Insane asylums in Bengal annual reports 1876-1887 - 1876-1887
Year: 1876
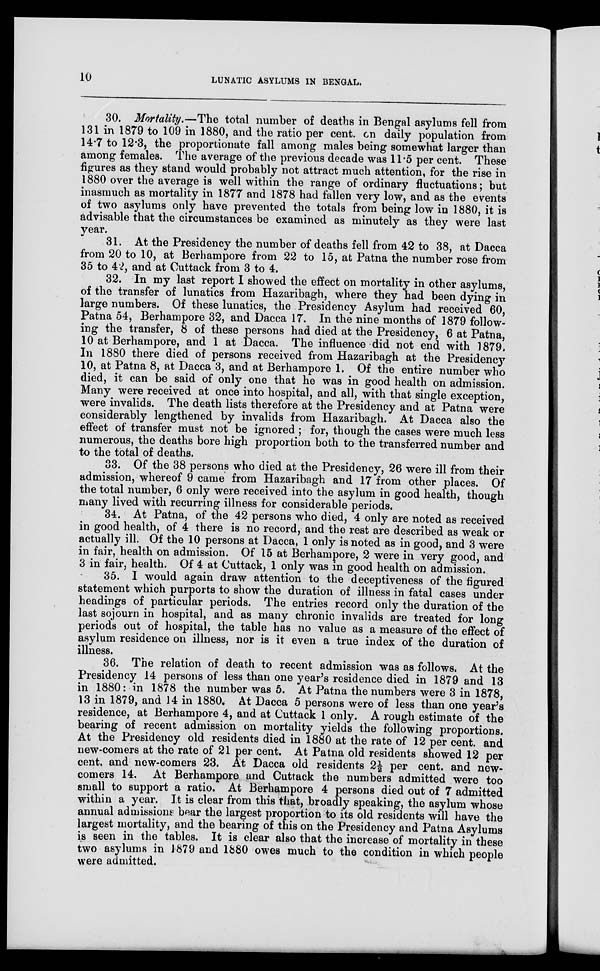
10
LUNATIC ASYLUMS IN BENGAL.
30. Mortality.—The total number of deaths in Bengal asylums fell from
131 in 1879 to 109 in 1880, and the ratio per cent. on daily population from
14.7 to 12.3, the proportionate fall among males being somewhat larger than
among females. The average of the previous decade was 11.5 per cent. These
figures as they stand would probably not attract much attention, for the rise in
1880 over the average is well within the range of ordinary fluctuations; but
inasmuch as mortality in 1877 and 1878 had fallen very low, and as the events
of two asylums only have prevented the totals from being low in 1880, it is
advisable that the circumstances be examined as minutely as they were last
year.
31. At the Presidency the number of deaths fell from 42 to 38, at Dacca
from 20 to 10, at Berhampore from 22 to 15, at Patna the number rose from
35 to 42, and at Cuttack from 3 to 4.
32. In my last report I showed the effect on mortality in other asylums,
of the transfer of lunatics from Hazaribagh, where they had been dying in
large numbers. Of these lunatics, the Presidency Asylum had received 60,
Patna 54, Berhampore 32, and Dacca 17. In the nine months of 1879 follow-
ing the transfer, 8 of these persons had died at the Presidency, 6 at Patna,
10 at Berhampore, and 1 at Dacca. The influence did not end with 1879.
In 1880 there died of persons received from Hazaribagh at the Presidency
10, at Patna 8, at Dacca 3, and at Berhampore 1. Of the entire number who
died, it can be said of only one that he was in good health on admission.
Many were received at once into hospital, and all, with that single exception,
were invalids. The death lists therefore at the Presidency and at Patna were
considerably lengthened by invalids from Hazaribagh. At Dacca also the
effect of transfer must not be ignored ; for, though the cases were much less
numerous, the deaths bore high proportion both to the transferred number and
to the total of deaths.
33. Of the 38 persons who died at the Presidency, 26 were ill from their
admission, whereof 9 came from Hazaribagh and 17 from other places. Of
the total number, 6 only were received into the asylum in good health, though
many lived with recurring illness for considerable periods.
34. At Patna, of the 42 persons who died, 4 only are noted as received
in good health, of 4 there is no record, and the rest are described as weak or
actually ill. Of the 10 persons at Dacca, 1 only is noted as in good, and 3 were
in fair, health on admission. Of 15 at Berhampore, 2 were in very good, and
3 in fair, health. Of 4 at Cuttack, 1 only was in good health on admission.
35. I would again draw attention to the deceptiveness of the figured
statement which purports to show the duration of illness in fatal cases under
headings of particular periods. The entries record only the duration of the
last sojourn in hospital, and as many chronic invalids are treated for long
periods out of hospital, the table has no value as a measure of the effect of
asylum residence on illness, nor is it even a true index of the duration of
illness.
36. The relation of death to recent admission was as follows. At the
Presidency 14 persons of less than one year's residence died in 1879 and 13
in 1880: in 1878 the number was 5. At Patna the numbers were 3 in 1878,
13 in 1879, and 14 in 1880. At Dacca 5 persons were of less than one year's
residence, at Berhampore 4, and at Cuttack 1 only. A rough estimate of the
bearing of recent admission on mortality yields the following proportions.
At the Presidency old residents died in 1880 at the rate of 12 per cent. and
new-comers at the rate of 21 per cent. At Patna old residents showed 12 per
cent. and new-comers 23. At Dacca old residents 2½ per cent. and new-
comers 14. At Berhampore and Cuttack the numbers admitted were too
small to support a ratio. At Berhampore 4 persons died out of 7 admitted
within a year. It is clear from this that, broadly speaking, the asylum whose
annual admissions bear the largest proportion to its old residents will have the
largest mortality, and the bearing of this on the Presidency and Patna Asylums
is seen in the tables. It is clear also that the increase of mortality in these
two asylums in 1879 and 1880 owes much to the condition in which people
were admitted.